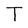
Character: T